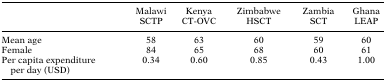
<table><thead><tr><td></td><td><b>Malawi SCTP</b></td><td><b>Kenya CT‐OVC</b></td><td><b>Zimbabwe HSCT</b></td><td><b>Zambia SCT</b></td><td><b>Ghana LEAP</b></td></tr></thead><tbody><tr><td>Mean age</td><td>58</td><td>63</td><td>60</td><td>59</td><td>60</td></tr><tr><td>Female</td><td>84</td><td>65</td><td>68</td><td>60</td><td>61</td></tr><tr><td>Per capita expenditure per day (USD)</td><td>0.34</td><td>0.60</td><td>0.85</td><td>0.43</td><td>1.00</td></tr></tbody></table>